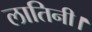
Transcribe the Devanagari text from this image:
लातिनी।